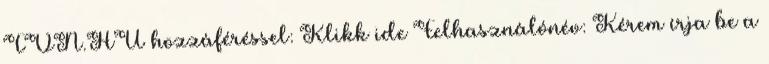
TVN.HU hozzáféréssel: Klikk ide Felhasználónév: Kérem írja be a